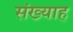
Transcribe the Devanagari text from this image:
संख्याह